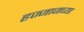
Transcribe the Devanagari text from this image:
हज्जाजच्या